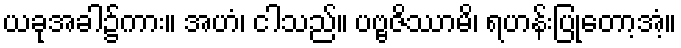
ယခုအခါ၌ကား။ အဟံ၊ ငါသည်။ ပဗ္ဗဇိဿာမိ၊ ရဟန်းပြုတော့အံ့။